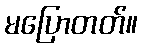
မပြောတတ်။